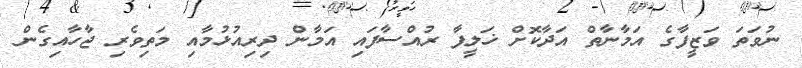
ނުވަތަ ވަޒީފާގެ އަމާނާތް އަދާކޮށް ޚަލީފާ ރުއްސާފައި އަމާން ދިރިއުޅުމާއި މަތިވެރި ޖާހާއިގެން